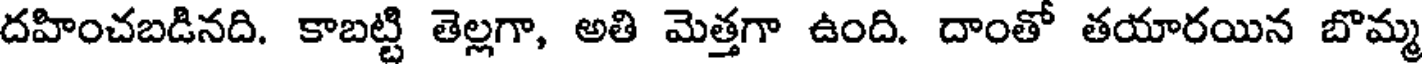
దహించబడినది. కాబట్టి తెల్లగా, అతి మెత్తగా ఉంది. దాంతో తయారయిన బొమ్మ